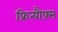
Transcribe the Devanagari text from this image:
फ्रित्यौफ़्स